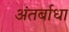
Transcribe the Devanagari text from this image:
अंतर्बाधा